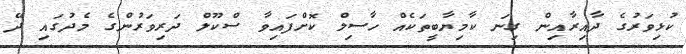
ކުޅިވަރުގެ ދާއިރާއިން ގިނަ ކާމިޔާބީތަކެއް ހާސިލް ކޮށްފައިވާ ސްކޫލް ދަރިވަރުންގެ މެދުގައި ދޭ